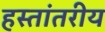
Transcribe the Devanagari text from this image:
हस्‍तांतरीय